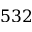
5 3 2